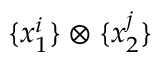
\{ x _ { 1 } ^ { i } \} \otimes \{ x _ { 2 } ^ { j } \}